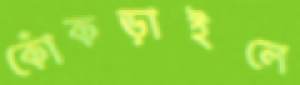
কোঁকড়াইলে